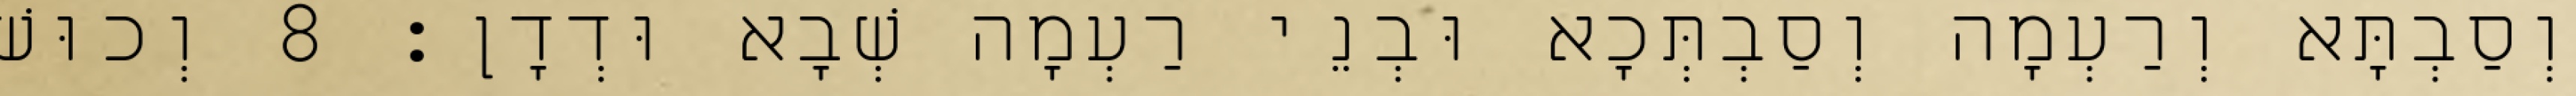
וְסַבְתָּא וְרַעְמָה וְסַבְתְּכָא וּבְנֵי רַעְמָה שְׁבָא וּדְדָן׃ 8 וְכוּשׁ